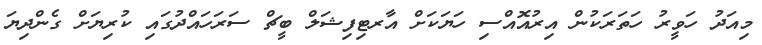
މިއަދު ހަވީރު ހަތަރަކުން އިރުއޮއްސި ހަޔަކަށް އާރޓިފިޝަލް ބީޗް ސަރަހައްދުގައި ކުރިޔަށް ގެންދިޔަ